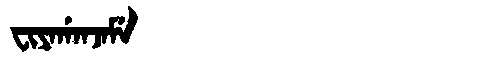
Manchu: ᠸᡳᠶᠠᡤᠠᠨᠵᠠᠮᡝ
Romanization: FIYAGANJAME